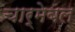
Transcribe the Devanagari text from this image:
चार्मेबल